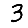
Digit: 3